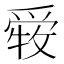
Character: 𤔤